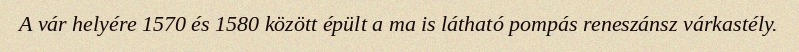
A vár helyére 1570 és 1580 között épült a ma is látható pompás reneszánsz várkastély.